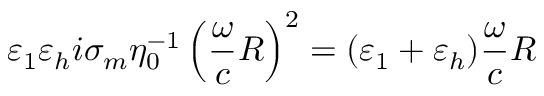
\varepsilon _ { 1 } \varepsilon _ { h } i \sigma _ { m } \eta _ { 0 } ^ { - 1 } \left( \frac { \omega } { c } R \right) ^ { 2 } = ( \varepsilon _ { 1 } + \varepsilon _ { h } ) \frac { \omega } { c } R